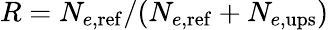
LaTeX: R=N_{e,\mathrm{{ref}}}/(N_{e,\mathrm{{ref}}}+N_{e,\mathrm{{ups}}})